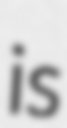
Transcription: is